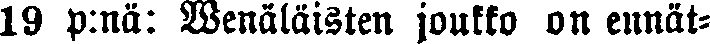
19 p:na: Wenäläisten joukko on ennät-